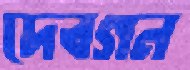
দেবগন